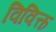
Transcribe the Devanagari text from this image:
विवित्क